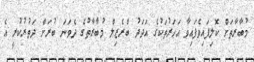
މުބާރާތަށް ކޮލިފައިވެފައިވާ އަހަރުތަކުގެ އަދަދު ބްރެޒިލް މުބާރާތުގެ ދެވަނަ ބުރަށް ދަތުރުކުރީ އެ